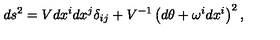
d s ^ { 2 } = V d x ^ { i } d x ^ { j } \delta _ { i j } + V ^ { - 1 } \left( d \theta + \omega ^ { i } d x ^ { i } \right) ^ { 2 } ,